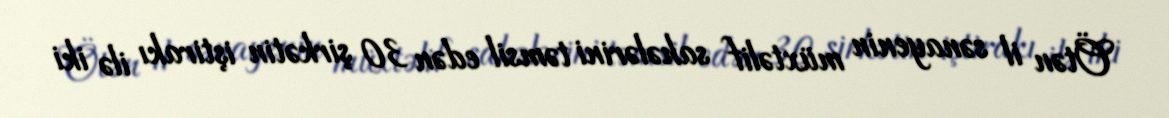
Ötən il sənayenin müxtəlif sahələrini təmsil edən 30 şirkətin iştirakı ilə iki